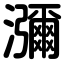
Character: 瀰